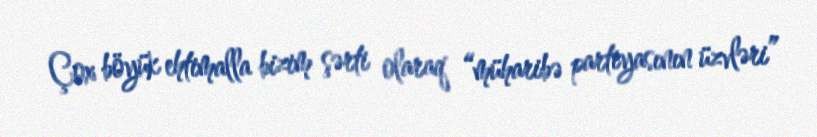
Çox böyük ehtimalla bizim şərti olaraq “müharibə partiyasının üzvləri”